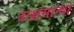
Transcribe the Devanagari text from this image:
दाक्षसान्धो